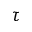
\tau